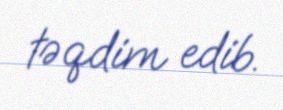
təqdim edib.